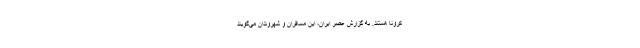
کرونا هستند. به گزارش عصر ایران، این مسافران و شهروندان می‌گویند